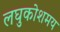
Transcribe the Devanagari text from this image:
लघुकोशमय